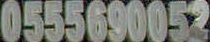
0555690052